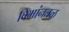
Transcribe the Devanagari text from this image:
विमांनतळ